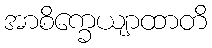
အာစိက္ခေယျာထာတိ